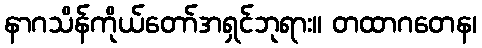
နာဂသိန်ကိုယ်တော်အရှင်ဘုရား။ တထာဂတေန၊